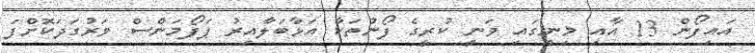
އައިފޯން 13 އާއި މިނީގައި ވަނީ ކުރީގެ ފޯނުތަކާ އަޅާބަލާއިރު ޕަފޯމަންސް ވަރުގަދަކޮށްފަ